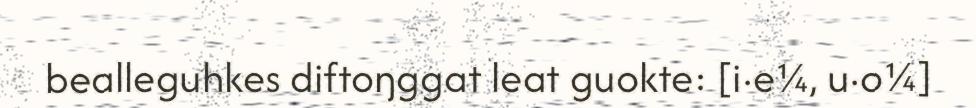
bealleguhkes diftoŋggat leat guokte: [i·e¼, u·o¼]